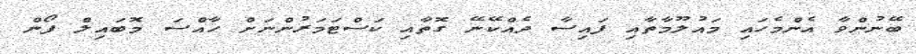
ބޭނުންވާ އެންމެހައި މައުލޫމާތާއި ފައިސާ ދެއްކޭނޭ ގޮތާއި ކަސްޓަމަރުންނަށް ހާއްސަ މޮބައިލް ފޯން